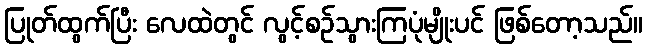
ပြုတ်ထွက်ပြီး လေထဲတွင် လွင့်စဉ်သွားကြပုံမျိုးပင် ဖြစ်တော့သည်။